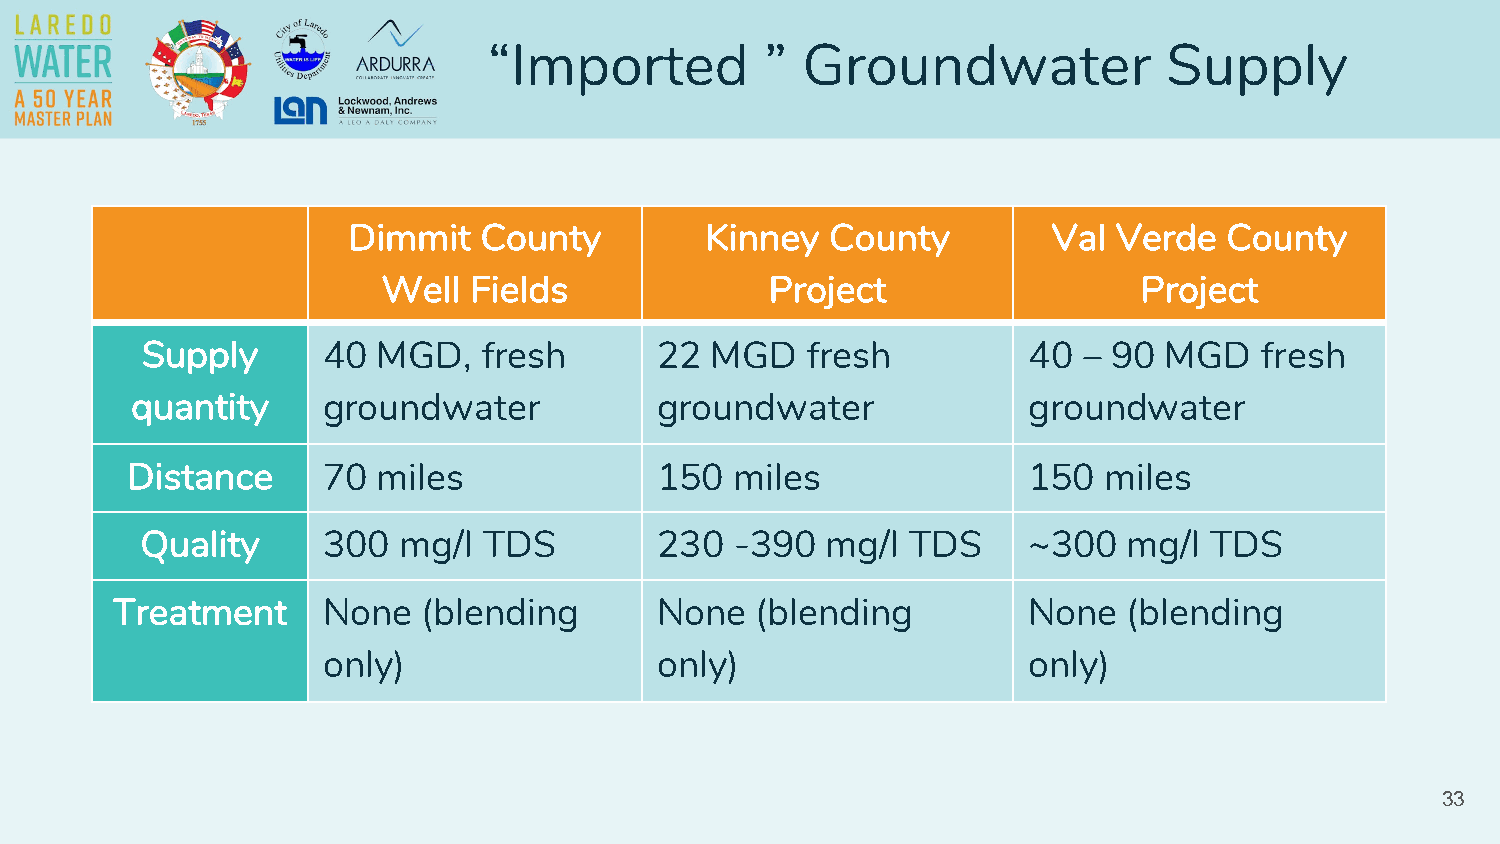
“Imported          ” Groundwater             Supply
 Dimmit   County         Kinney  County         Val Verde  County
 Well  Fields              Project                  Project
 Supply      40  MGD,   fresh      22  MGD   fresh          40  – 90 MGD    fresh
 quantity    groundwater           groundwater              groundwater
 Distance     70  miles             150   miles              150  miles
 Quality     300  mg/l  TDS        230   -390  mg/l TDS     ~300   mg/l TDS
 Treatment     None   (blending      None   (blending         None   (blending
 only)                 only)                    only)
 33